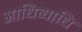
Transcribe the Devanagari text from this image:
आधिव्याधि